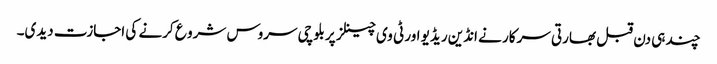
چند ہی دن قبل بھارتی سرکار نے انڈین ریڈیو اور ٹی وی چینلز پر بلوچی سروس شرو ع کرنے کی اجازت دیدی۔